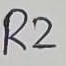
Text: R2